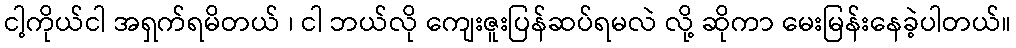
ငါ့ကိုယ်ငါ အရှက်ရမိတယ် ၊ ငါ ဘယ်လို ကျေးဇူးပြန်ဆပ်ရမလဲ လို့ ဆိုကာ မေးမြန်းနေခဲ့ပါတယ်။